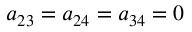
a _ { 2 3 } = a _ { 2 4 } = a _ { 3 4 } = 0